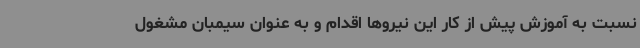
نسبت به آموزش پیش از کار این نیروها اقدام و به عنوان سیمبان مشغول